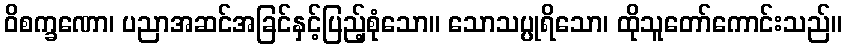
ဝိစက္ခဏော၊ ပညာအဆင်အခြင်နှင့်ပြည့်စုံသော။ သောသပ္ပုရိသော၊ ထိုသူတော်ကောင်းသည်။